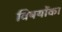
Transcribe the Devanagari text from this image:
विषयोंका